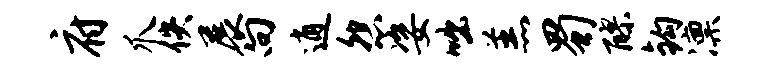
府爪佚展向逍怨姿咄羔蜀醪钩凛